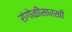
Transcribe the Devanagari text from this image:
रांगोळीसारखी